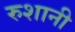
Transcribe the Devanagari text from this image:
रुशानी